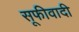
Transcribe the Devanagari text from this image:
सूफीवादी